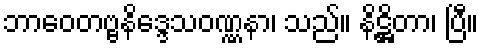
ဘာဝေတဗ္ဗနိဒ္ဒေသဝဏ္ဏနာ၊ သည်။ နိဋ္ဌိတာ၊ ပြီ။